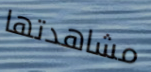
مشاهدتها